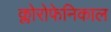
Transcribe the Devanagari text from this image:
क्लोरोफेनिकाल